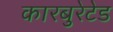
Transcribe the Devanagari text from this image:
कारबुरेटेड